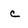
Character: c